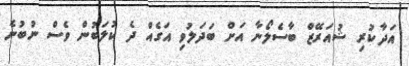
އަދާކުރި ޝުއަރޭޒް ބާސެލޯނާ އަށް ބަދަލުވި އަގެއް ދެ ކުލަބުން ވެސް ނުބުނެ